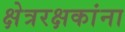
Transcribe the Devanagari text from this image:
क्षेत्ररक्षकांना